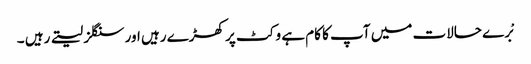
بْرے حالات میں آپ کا کام ہے وکٹ پر کھڑے رہیں اور سنگلز لیتے رہیں ۔